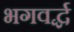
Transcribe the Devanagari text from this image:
भगवर्द्ध